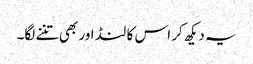
یہ دیکھ کر اس کا لنڈ اور بھی تننے لگا۔